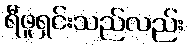
ရီဖူရှင်းသည်လည်း